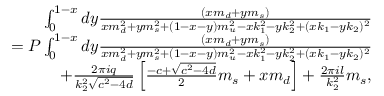
\begin{array} { r l r } & { } & { \int _ { 0 } ^ { 1 - x } d y \frac { \left( x m _ { d } + y m _ { s } \right) } { x m _ { d } ^ { 2 } + y m _ { s } ^ { 2 } + ( 1 - x - y ) m _ { u } ^ { 2 } - x k _ { 1 } ^ { 2 } - y k _ { 2 } ^ { 2 } + ( x k _ { 1 } - y k _ { 2 } ) ^ { 2 } } } \\ & { } & { = P \int _ { 0 } ^ { 1 - x } d y \frac { \left( x m _ { d } + y m _ { s } \right) } { x m _ { d } ^ { 2 } + y m _ { s } ^ { 2 } + ( 1 - x - y ) m _ { u } ^ { 2 } - x k _ { 1 } ^ { 2 } - y k _ { 2 } ^ { 2 } + ( x k _ { 1 } - y k _ { 2 } ) ^ { 2 } } } \\ & { } & { + \frac { 2 \pi i q } { k _ { 2 } ^ { 2 } \sqrt { c ^ { 2 } - 4 d } } \left[ \frac { - c + \sqrt { c ^ { 2 } - 4 d } } { 2 } m _ { s } + x m _ { d } \right] + \frac { 2 \pi i l } { k _ { 2 } ^ { 2 } } m _ { s } , } \end{array}